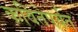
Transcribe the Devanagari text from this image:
कवितेपर्यंत